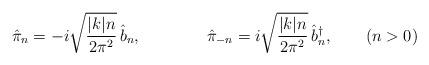
LaTeX: \begin{align*}\hat{\pi}_n=-i \sqrt{ \frac{ |k|n }{ 2\pi^2 } } \, \hat{b}_n,\qquad\qquad\hat{\pi}_{-n}= i \sqrt{ \frac{ |k|n }{ 2\pi^2 } } \, \hat{b}_n^\dagger,\qquad( n > 0 )\end{align*}